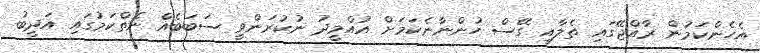
އެހެންކަމުން ރާއްޖޭގައި ތެލާއި ގޭސް ހުންނާނެކަމަށް އުއްމީދު ނުކުރަންވީ ސަބަބެއް ނެތްކަމުގައި އަދީބު